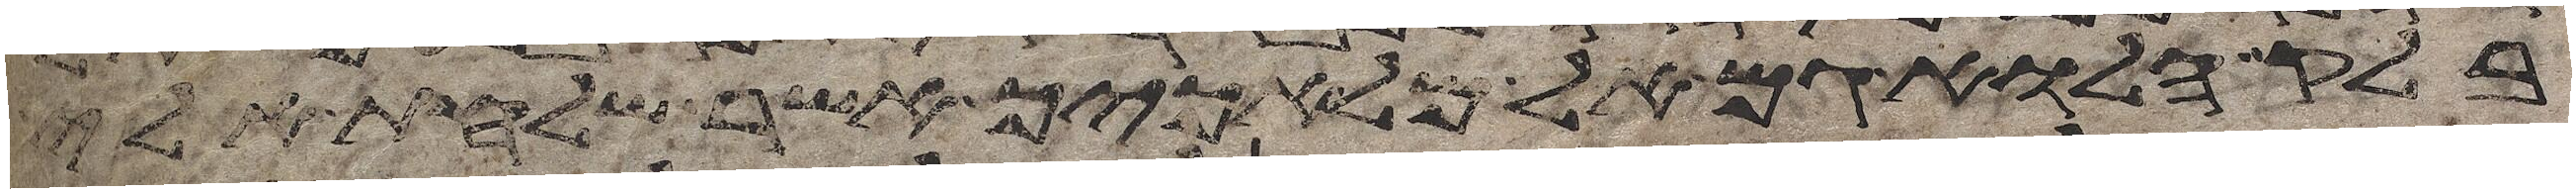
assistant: בלק הלוא גם אל מלאכיך אשר שלחת אלי